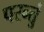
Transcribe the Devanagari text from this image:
परन्तुं